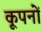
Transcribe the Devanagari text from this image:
कूपनों